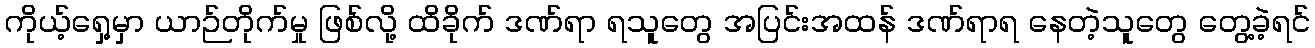
ကိုယ့်ရှေ့မှာ ယာဉ်တိုက်မှု ဖြစ်လို့ ထိခိုက် ဒဏ်ရာ ရသူတွေ အပြင်းအထန် ဒဏ်ရာရ နေတဲ့သူတွေ တွေ့ခဲ့ရင်